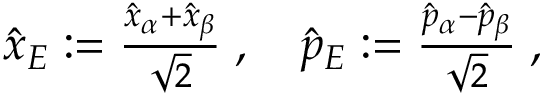
\begin{array} { r } { \hat { x } _ { E } : = \frac { \hat { x } _ { \alpha } + \hat { x } _ { \beta } } { \sqrt { 2 } } \; , \quad \hat { p } _ { E } : = \frac { \hat { p } _ { \alpha } - \hat { p } _ { \beta } } { \sqrt { 2 } } \; , } \end{array}